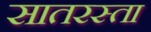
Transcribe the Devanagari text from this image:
सातरस्ता